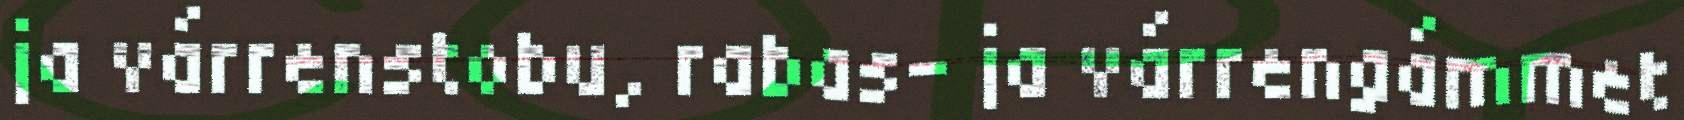
ja várrenstobu, rabas- ja várrengámmet